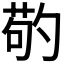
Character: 𠣷